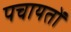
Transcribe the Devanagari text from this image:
पचायतों